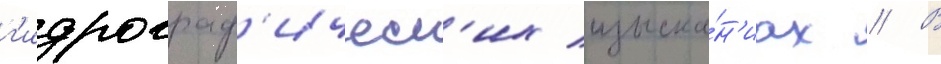
г'идрограф'ическ'их изыска́н'иах // В